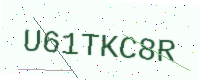
Text: U61TKC8R